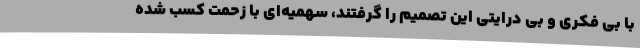
با بی فکری و بی درایتی این تصمیم را گرفتند، سهمیه‌ای با زحمت کسب شده